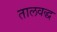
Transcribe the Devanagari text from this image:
तालवद्ध